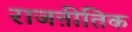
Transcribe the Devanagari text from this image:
राजऩीतिक